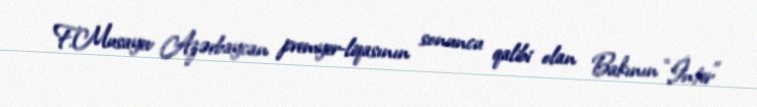
F.Musayev Azərbaycan premyer-liqasının sonuncu qalibi olan Bakının “İnter”